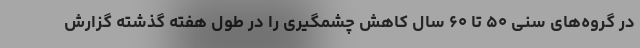
در گروه‌های سنی ۵۰ تا ۶۰ سال کاهش چشمگیری را در طول هفته گذشته گزارش